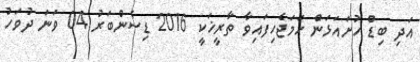
އަދި ބިޑް ހުށައަޅަން ހަމަޖެހިފައިވާ ތާރީޚަކީ 2016 ޑިސެންބަރު 04 ވަނަ ދުވަހު